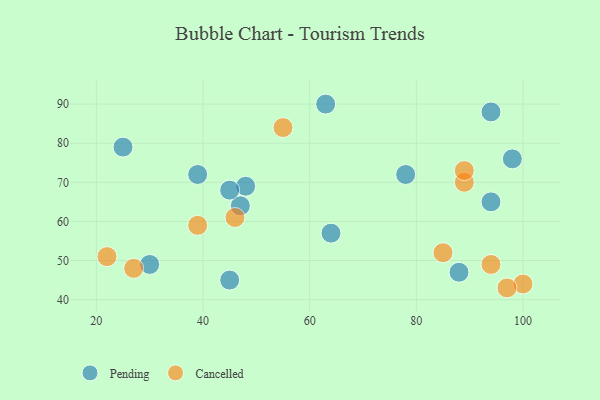
{"axis": {"x": "GDP", "y": "Life Expectancy"}, "legend": ["Cancelled", "Pending"], "data": [{"x": "45", "y": 45, "type": "Pending"}, {"x": "48", "y": 69, "type": "Pending"}, {"x": "39", "y": 72, "type": "Pending"}, {"x": "64", "y": 57, "type": "Pending"}, {"x": "47", "y": 64, "type": "Pending"}, {"x": "94", "y": 88, "type": "Pending"}, {"x": "63", "y": 90, "type": "Pending"}, {"x": "78", "y": 72, "type": "Pending"}, {"x": "30", "y": 49, "type": "Pending"}, {"x": "25", "y": 79, "type": "Pending"}, {"x": "98", "y": 76, "type": "Pending"}, {"x": "94", "y": 65, "type": "Pending"}, {"x": "45", "y": 68, "type": "Pending"}, {"x": "88", "y": 47, "type": "Pending"}, {"x": "22", "y": 51, "type": "Cancelled"}, {"x": "94", "y": 49, "type": "Cancelled"}, {"x": "89", "y": 70, "type": "Cancelled"}, {"x": "39", "y": 59, "type": "Cancelled"}, {"x": "85", "y": 52, "type": "Cancelled"}, {"x": "55", "y": 84, "type": "Cancelled"}, {"x": "100", "y": 44, "type": "Cancelled"}, {"x": "89", "y": 73, "type": "Cancelled"}, {"x": "27", "y": 48, "type": "Cancelled"}, {"x": "97", "y": 43, "type": "Cancelled"}, {"x": "46", "y": 61, "type": "Cancelled"}]}